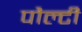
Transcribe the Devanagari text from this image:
पौल्टी